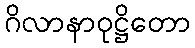
ဂိလာနာဝုဋ္ဌိတော